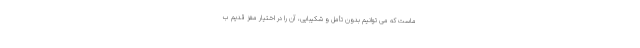
ماست که می توانیم بدون تأمل و شکیبایی، آن را در اختیار مغز قدیم ب